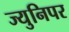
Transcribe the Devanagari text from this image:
ज्युनिपर